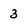
Character: 3